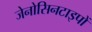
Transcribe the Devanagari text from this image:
जेनोसिनटाइपों